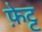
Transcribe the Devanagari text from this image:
फ़ेट्ट